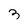
Character: 3